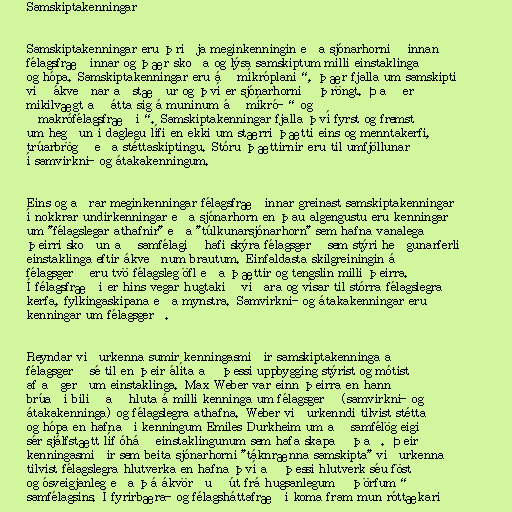
Samskiptakenningar

Samskiptakenningar eru þriðja meginkenningin eða sjónarhornið innan
félagsfræðinnar og þær skoða og lýsa samskiptum milli einstaklinga
og hópa. Samskiptakenningar eru á „míkróplani“, þær fjalla um samskipti
við ákveðnar aðstæður og því er sjónarhornið þröngt. Það er
mikilvægt að átta sig á muninum á „míkró-“ og
„makrófélagsfræði“. Samskiptakenningar fjalla því fyrst og fremst
um hegðun í daglegu lífi en ekki um stærri þætti eins og menntakerfi,
trúarbrögð eða stéttaskiptingu. Stóru þættirnir eru til umfjöllunar
í samvirkni- og átakakenningum.

Eins og aðrar meginkenningar félagsfræðinnar greinast samskiptakenningar
í nokkrar undirkenningar eða sjónarhorn en þau algengustu eru kenningar
um "félagslegar athafnir" eða "túlkunarsjónarhorn" sem hafna vanalega
þeirri skoðun að samfélagið hafi skýra félagsgerð sem stýri heðgunarferli
einstaklinga eftir ákveðnum brautum. Einfaldasta skilgreiningin á
félagsgerð eru tvö félagsleg öfl eða þættir og tengslin milli þeirra.
Í félagsfræði er hins vegar hugtakið víðara og vísar til stórra félagslegra
kerfa, fylkingaskipana eða mynstra. Samvirkni- og átakakenningar eru
kenningar um félagsgerð.

Reyndar viðurkenna sumir kenningasmiðir samskiptakenninga að
félagsgerð sé til en þeir álíta að þessi uppbygging stýrist og mótist
af aðgerðum einstaklinga. Max Weber var einn þeirra en hann
brúaði bilið að hluta á milli kenninga um félagsgerð (samvirkni- og
átakakenninga) og félagslegra athafna. Weber viðurkenndi tilvist stétta
og hópa en hafnaði kenningum Emiles Durkheim um að samfélög eigi
sér sjálfstætt líf óháð einstaklingunum sem hafa skapað það. Þeir
kenningasmiðir sem beita sjónarhorni "táknrænna samskipta" viðurkenna
tilvist félagslegra hlutverka en hafna því að þessi hlutverk séu föst
og ósveigjanleg eða þá ákvörðuð út frá hugsanlegum „þörfum“
samfélagsins. Í fyrirbæra- og félagsháttafræði koma fram mun róttækari